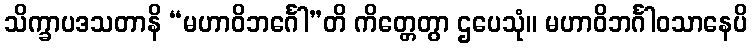
သိက္ခာပဒသတာနိ “မဟာဝိဘင်္ဂေါ”တိ ကိတ္တေတွာ ဌပေသုံ။ မဟာဝိဘင်္ဂါဝသာနေပိ